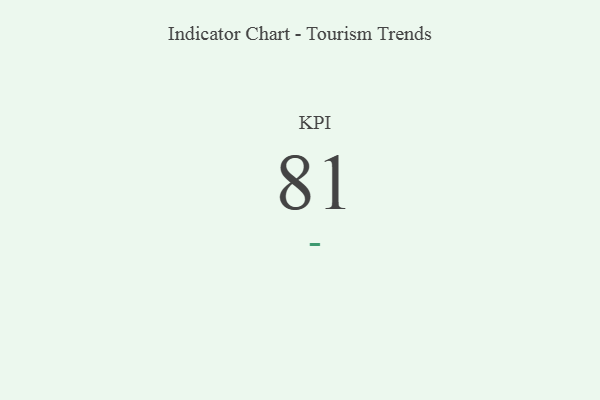
{"axis": {"x": "KPI", "y": "Value"}, "legend": [""], "data": [{"x": "KPI", "y": 81, "type": ""}]}